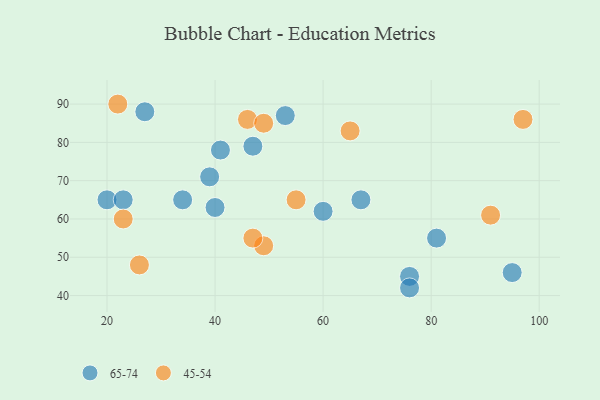
{"axis": {"x": "GDP", "y": "Life Expectancy"}, "legend": ["45-54", "65-74"], "data": [{"x": "27", "y": 88, "type": "65-74"}, {"x": "34", "y": 65, "type": "65-74"}, {"x": "81", "y": 55, "type": "65-74"}, {"x": "20", "y": 65, "type": "65-74"}, {"x": "67", "y": 65, "type": "65-74"}, {"x": "40", "y": 63, "type": "65-74"}, {"x": "95", "y": 46, "type": "65-74"}, {"x": "47", "y": 79, "type": "65-74"}, {"x": "53", "y": 87, "type": "65-74"}, {"x": "23", "y": 65, "type": "65-74"}, {"x": "76", "y": 45, "type": "65-74"}, {"x": "60", "y": 62, "type": "65-74"}, {"x": "76", "y": 42, "type": "65-74"}, {"x": "39", "y": 71, "type": "65-74"}, {"x": "41", "y": 78, "type": "65-74"}, {"x": "55", "y": 65, "type": "45-54"}, {"x": "46", "y": 86, "type": "45-54"}, {"x": "49", "y": 53, "type": "45-54"}, {"x": "23", "y": 60, "type": "45-54"}, {"x": "91", "y": 61, "type": "45-54"}, {"x": "97", "y": 86, "type": "45-54"}, {"x": "47", "y": 55, "type": "45-54"}, {"x": "22", "y": 90, "type": "45-54"}, {"x": "65", "y": 83, "type": "45-54"}, {"x": "26", "y": 48, "type": "45-54"}, {"x": "49", "y": 85, "type": "45-54"}]}